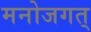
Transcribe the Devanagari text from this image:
मनोजगत्